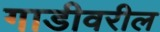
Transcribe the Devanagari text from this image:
गाडीवरील